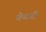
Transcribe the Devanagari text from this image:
वेचारी